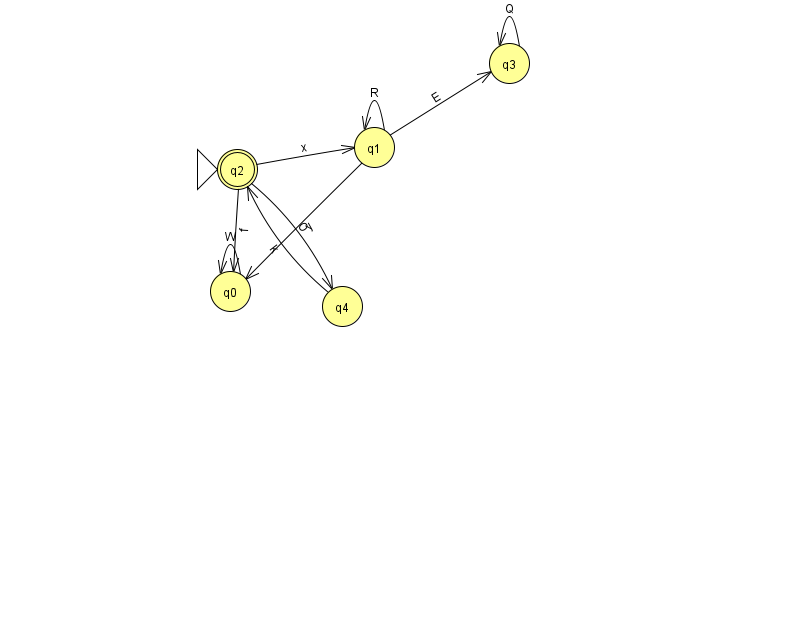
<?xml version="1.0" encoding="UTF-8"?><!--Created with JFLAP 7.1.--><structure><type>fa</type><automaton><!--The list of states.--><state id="0" name="q0"><x>230.0</x><y>278.0</y></state><state id="1" name="q1"><x>374.0</x><y>134.0</y></state><state id="2" name="q2"><x>237.0</x><y>156.0</y><initial/><final/></state><state id="3" name="q3"><x>509.0</x><y>50.0</y></state><state id="4" name="q4"><x>342.0</x><y>293.0</y></state><!--The list of transitions.--><transition><from>3</from><to>3</to><read>Q</read></transition><transition><from>1</from><to>1</to><read>R</read></transition><transition><from>0</from><to>0</to><read>W</read></transition><transition><from>1</from><to>3</to><read>E</read></transition><transition><from>2</from><to>1</to><read>x</read></transition><transition><from>2</from><to>4</to><read>O</read></transition><transition><from>4</from><to>2</to><read>k</read></transition><transition><from>1</from><to>0</to><read>y</read></transition><transition><from>2</from><to>0</to><read>f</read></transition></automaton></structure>